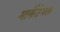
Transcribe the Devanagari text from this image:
मार्केटेबल